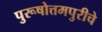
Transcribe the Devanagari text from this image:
पुरूषोत्तमपुरीचे